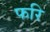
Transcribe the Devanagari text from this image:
फरि